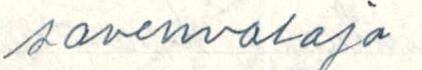
savenvalaja